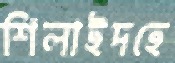
শিলাইদহে